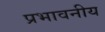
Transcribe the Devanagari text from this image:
प्रभावनीय